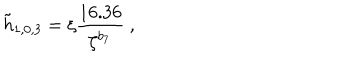
\tilde { h } _ { 1 , 0 , 3 } = \xi \frac { 1 6 . 3 6 } { \zeta ^ { b _ { 7 } } } \ ,